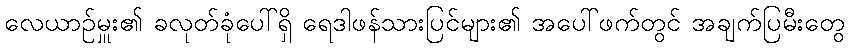
လေယာဉ်မှူး၏ ခလုတ်ခုံပေါ်ရှိ ရေဒါဖန်သားပြင်များ၏ အပေါ်ဖက်တွင် အချက်ပြမီးတွေ